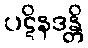
ပဋိနဒန္တိ